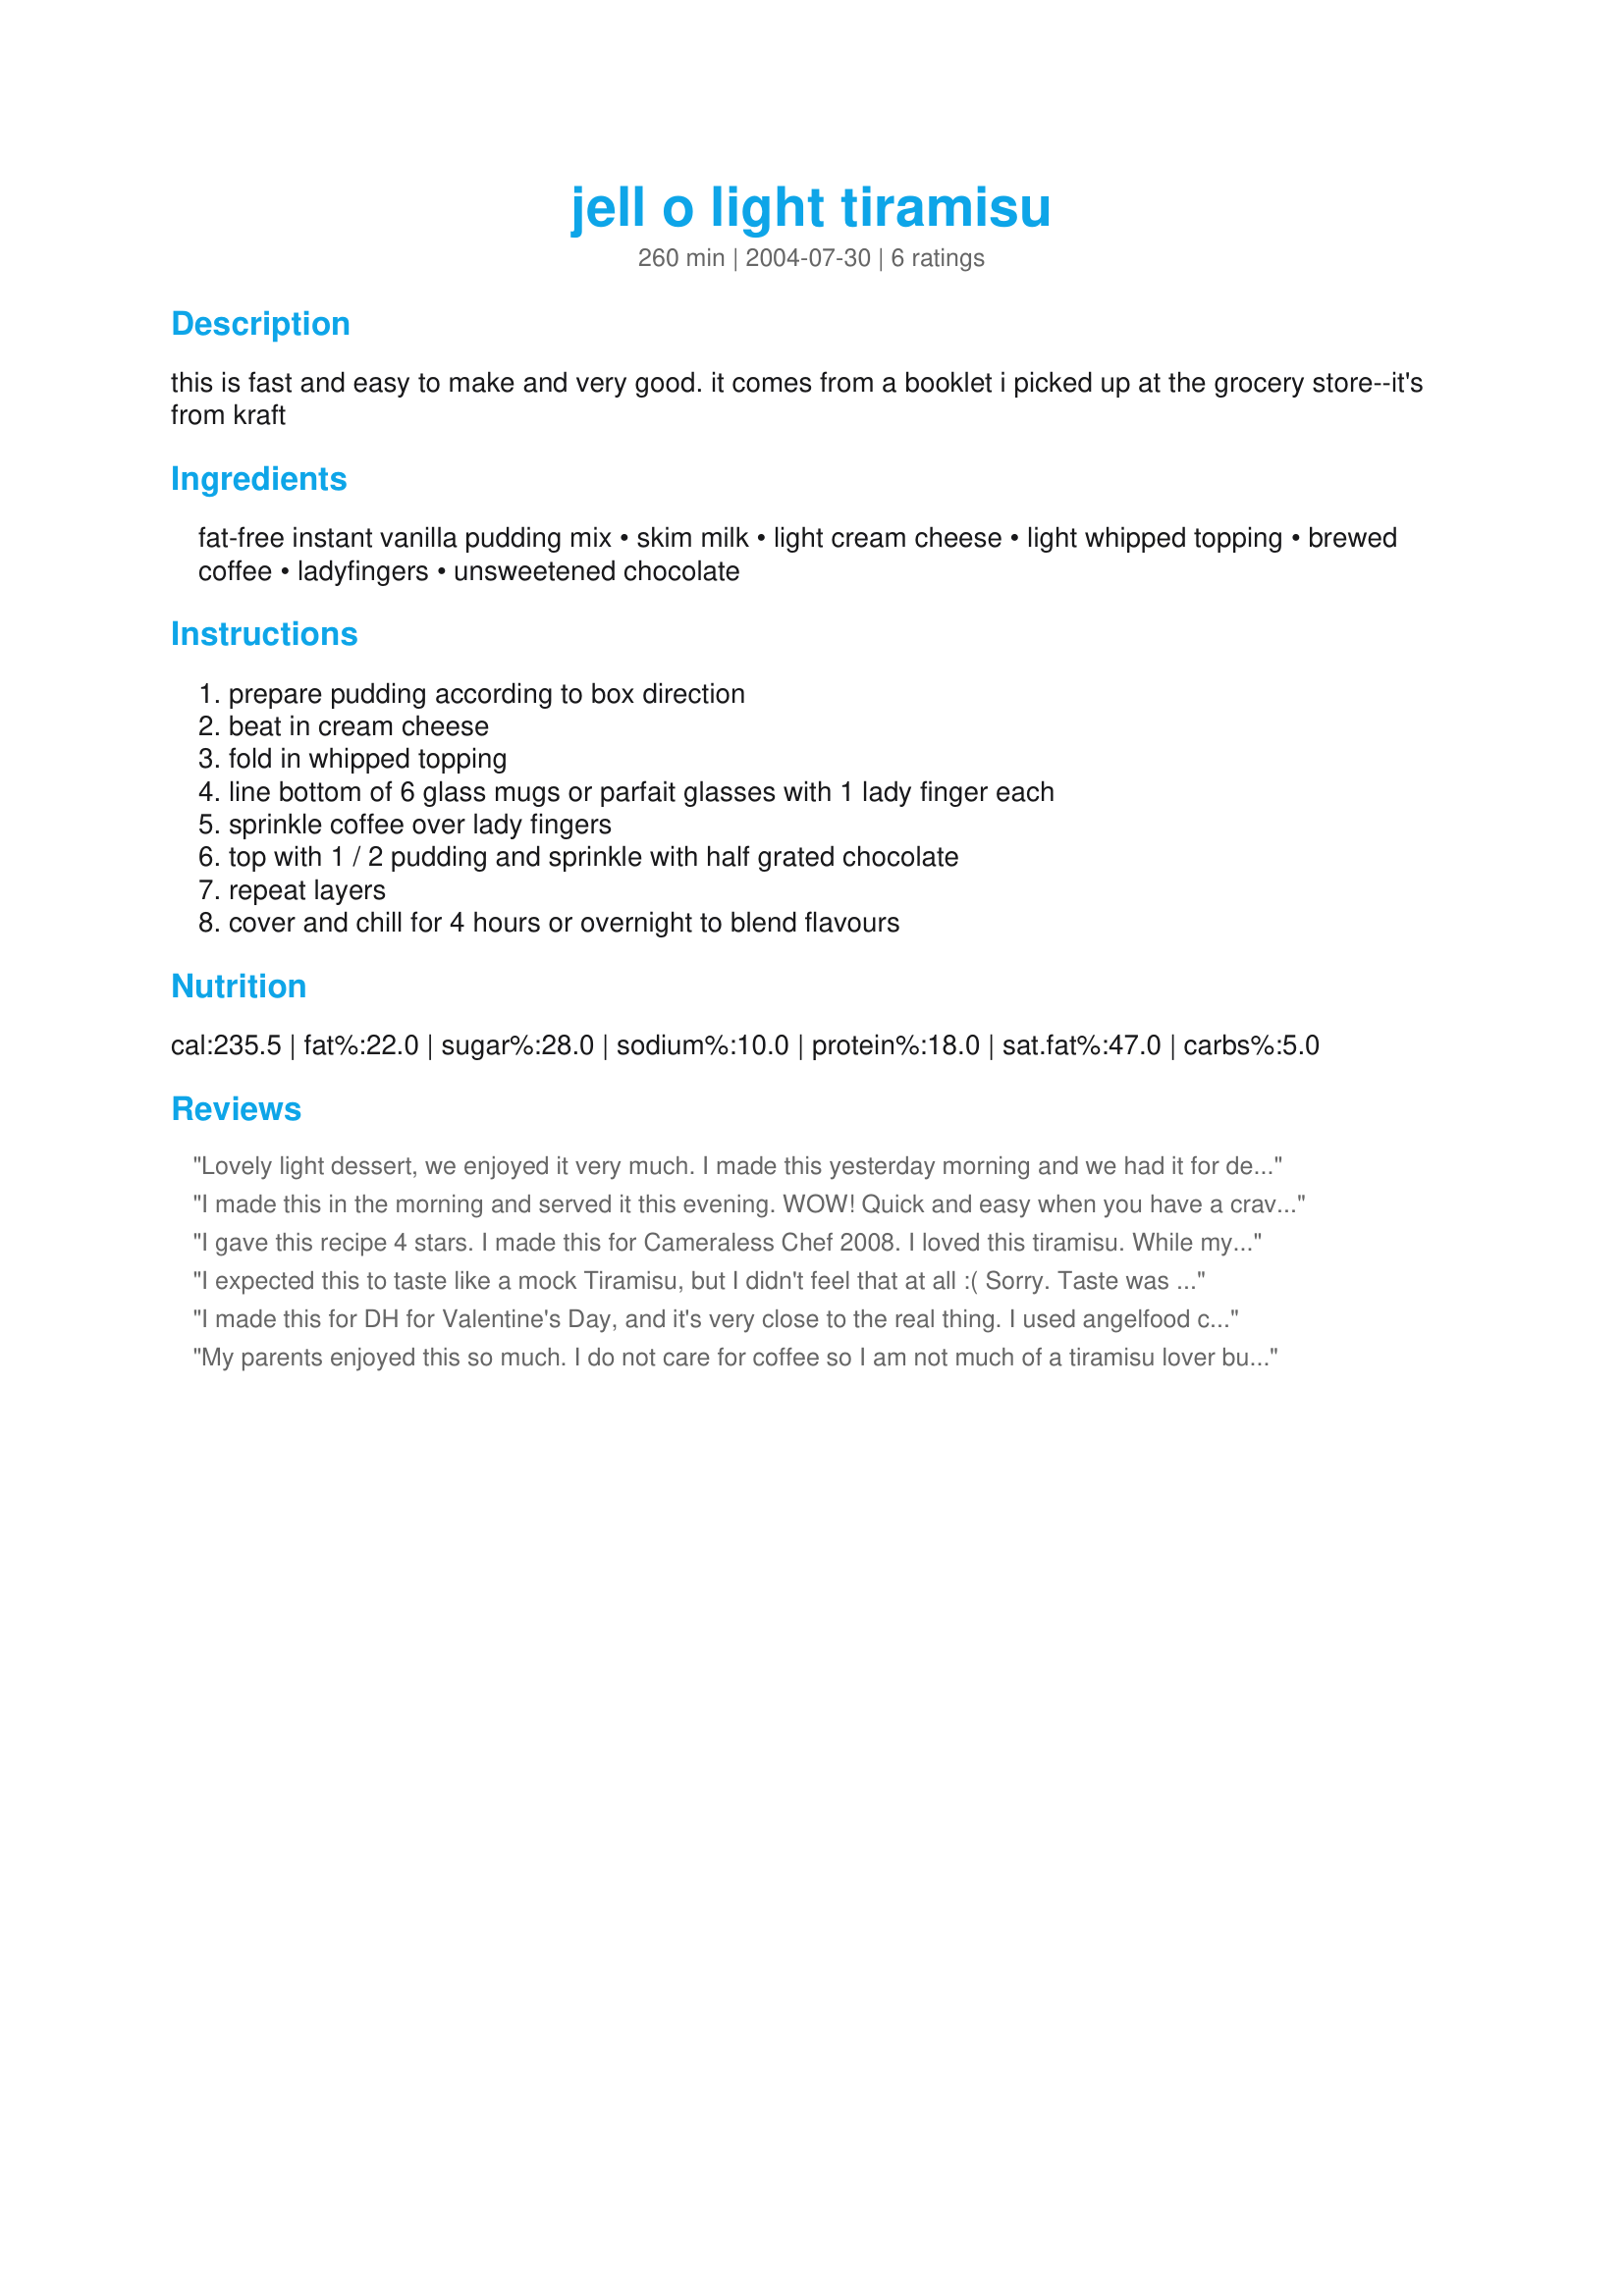
jell o light tiramisu
Preparation time: 260 minutes

this is fast and easy to make and very good. it comes from a booklet i picked up at the grocery store--it's from kraft

Ingredients:
fat-free instant vanilla pudding mix, skim milk, light cream cheese, light whipped topping, brewed coffee, ladyfingers, unsweetened chocolate

Steps:
prepare pudding according to box direction, beat in cream cheese, fold in whipped topping, line bottom of 6 glass mugs or parfait glasses with 1 lady finger each, sprinkle coffee over lady fingers, top with 1 / 2 pudding and sprinkle with half grated chocolate, repeat layers, cover and chill for 4 hours or overnight to blend flavours

Reviews:
Lovely light dessert, we enjoyed it very much. I made this yesterday morning and we had it for dessert last night. Very easy to make, relatively low in sugar and tastes great. Thanks for posting.
I made this in the morning and served it this evening. WOW! Quick and easy when you have a craving for Tiramisu and don't want to spend a lot of time on it. It looked so pretty in my parfait glasses and everyone was so impressed. (I conveniently forgot to tell them how easy it was to make.) Thanks for sharing this, Noraleblanc.
I gave this recipe 4 stars. I made this for Cameraless Chef 2008. I loved this tiramisu. While my family hasn't tried it yet I thought it was so yummy. I made a few minor changes to the recipe. I used fat/sugar free vanilla pudding, sugar free cool whip (1 gram fat), folgers brewed coffee, the whole package ladyfingers and a hershey's candy bar. I prepared the pudding, cream cheese, cool whip mix as directed. At this point I lined a big pan with one 1/2 of the lady finger and soaked the fingers with coffee. I then topped with pudding and sprinkled with grated hershey bar. Then lined the pudding with the other half of the ladyfinger and repeated the process. I did use the whole package of lady fingers. Preparing the dessert this way I can have a little each day. While I loved this dessert I agree the filling is alot but overall this is such a yummy dessert. I would make this again for sure. Thanks for posting a yummy recipe. Christine (internetnut)
I expected this to taste like a mock Tiramisu, but I didn't feel that at all :( Sorry. Taste was nice and presentation was lovely, but I really thought I would get that hint of Tiramisu, I didn't. It tasted very cream-cheese-pudding-y. Also, step 5 uses the term sprinkle for the brewed coffee, which I found odd, thinking I should be using unbrewed instant coffee. A bit confusing. I "splashed" some coffee instead. Made for Beverage Tag
I made this for DH for Valentine's Day, and it's very close to the real thing. I used angelfood cake instead of ladyfingers. It was surprisingly easy to make. I will definitely make it again.
My parents enjoyed this so much. I do not care for coffee so I am not much of a tiramisu lover but they are and they said this was wonderful especially for how simple and quick it was. My mom said all it needed was a little touch of liquor. haha :) thanks for sharing
